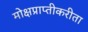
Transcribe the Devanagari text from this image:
मोक्षप्राप्तीकरीता